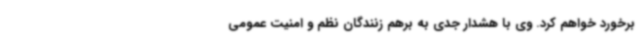
برخورد خواهم کرد. وی با هشدار جدی به برهم زنندگان نظم و امنیت عمومی